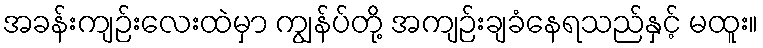
အခန်းကျဉ်းလေးထဲမှာ ကျွန်ပ်တို့ အကျဉ်းချခံနေရသည်နှင့် မထူး။